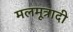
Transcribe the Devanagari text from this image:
मलमूत्रादी